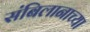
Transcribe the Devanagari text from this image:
संबिलानाच्या